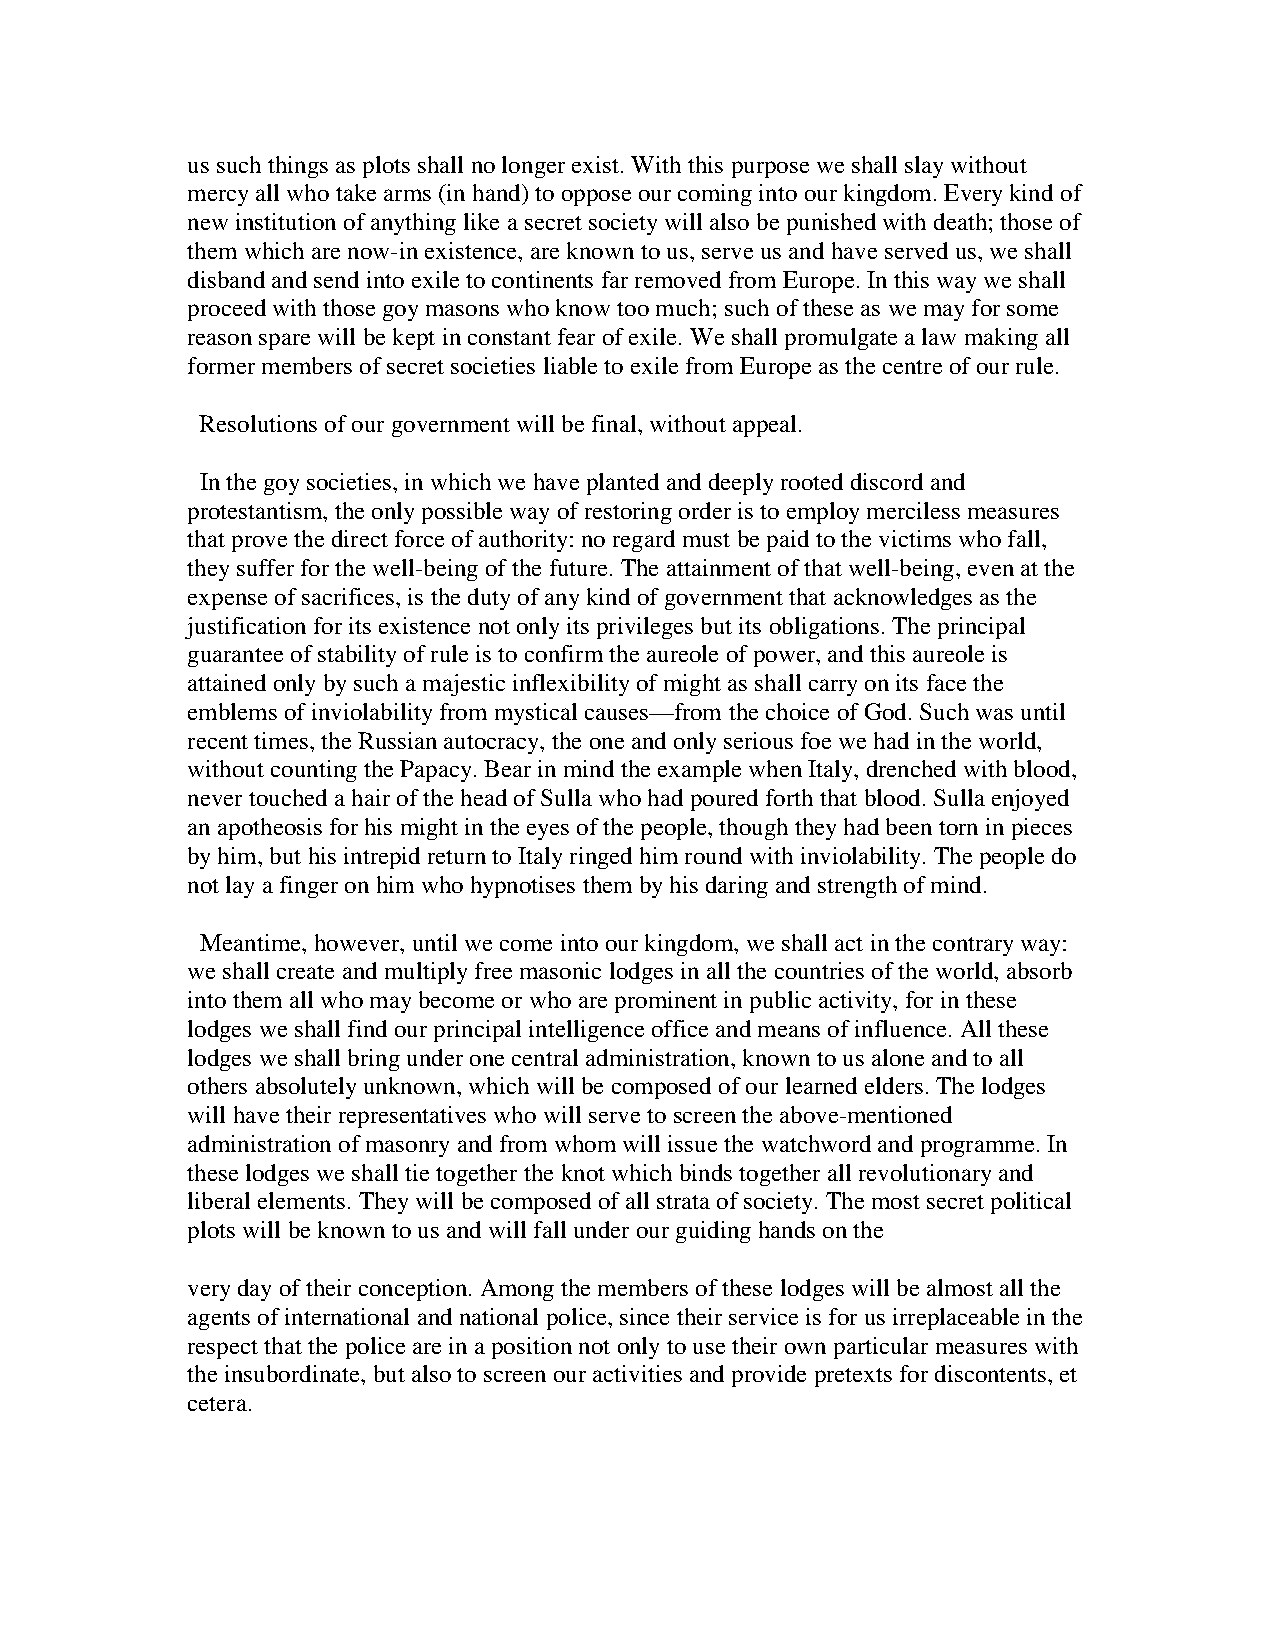
us such things as plots shall no longer exist. With this purpose we shall slay without
 mercy all who take arms (in hand) to oppose our coming into our kingdom. Every kind of
 new institution of anything like a secret society will also be punished with death; those of
 them which are now-in existence, are known to us, serve us and have served us, we shall
 disband and send into exile to continents far removed from Europe. In this way we shall
 proceed with those goy masons who know too much; such of these as we may for some
 reason spare will be kept in constant fear of exile. We shall promulgate a law making all
 former members of secret societies liable to exile from Europe as the centre of our rule.
 Resolutions of our government will be final, without appeal.
 In the goy societies, in which we have planted and deeply rooted discord and
 protestantism, the only possible way of restoring order is to employ merciless measures
 that prove the direct force of authority: no regard must be paid to the victims who fall,
 they suffer for the well-being of the future. The attainment of that well-being, even at the
 expense of sacrifices, is the duty of any kind of government that acknowledges as the
 justification for its existence not only its privileges but its obligations. The principal
 guarantee of stability of rule is to confirm the aureole of power, and this aureole is
 attained only by such a majestic inflexibility of might as shall carry on its face the
 emblems of inviolability from mystical causes—from the choice of God. Such was until
 recent times, the Russian autocracy, the one and only serious foe we had in the world,
 without counting the Papacy. Bear in mind the example when Italy, drenched with blood,
 never touched a hair of the head of Sulla who had poured forth that blood. Sulla enjoyed
 an apotheosis for his might in the eyes of the people, though they had been torn in pieces
 by him, but his intrepid return to Italy ringed him round with inviolability. The people do
 not lay a finger on him who hypnotises them by his daring and strength of mind.
 Meantime, however, until we come into our kingdom, we shall act in the contrary way:
 we shall create and multiply free masonic lodges in all the countries of the world, absorb
 into them all who may become or who are prominent in public activity, for in these
 lodges we shall find our principal intelligence office and means of influence. All these
 lodges we shall bring under one central administration, known to us alone and to all
 others absolutely unknown, which will be composed of our learned elders. The lodges
 will have their representatives who will serve to screen the above-mentioned
 administration of masonry and from whom will issue the watchword and programme. In
 these lodges we shall tie together the knot which binds together all revolutionary and
 liberal elements. They will be composed of all strata of society. The most secret political
 plots will be known to us and will fall under our guiding hands on the
 very day of their conception. Among the members of these lodges will be almost all the
 agents of international and national police, since their service is for us irreplaceable in the
 respect that the police are in a position not only to use their own particular measures with
 the insubordinate, but also to screen our activities and provide pretexts for discontents, et
 cetera.